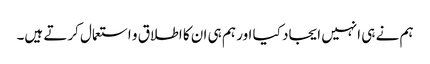
ہم نے ہی انہیں ایجاد کیا اور ہم ہی ان کا اطلاق و استعمال کرتے ہیں۔